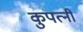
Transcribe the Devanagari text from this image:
कुपत्नी